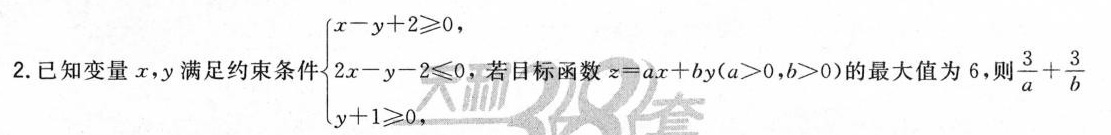
2.已知变量x，y满足约束条件$$\left \ { \begin { matrix } x - y + 2 ≥ 0, \\ 2 x - y - 2 ≤ 0, \\ y + 1 ≥ 0, \\ \end { matrix }